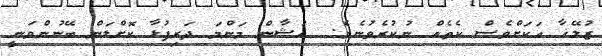
ޒުލޭޚާ އަކަށްވެސް ކެތެއް ނުކުރެވުނެވެ.  ހުޝާން މަންމަ ދަރިފުޅާ ކޮށްލަން ބޭނުންވަނީ